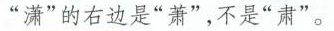
”潇”的右边是”萧”，不是”肃”。